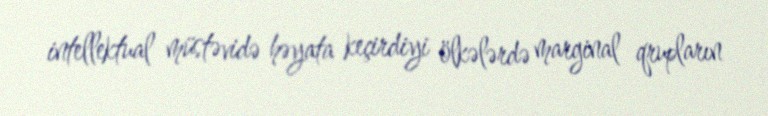
intellektual müstəvidə həyata keçirdiyi ölkələrdə marginal qrupların